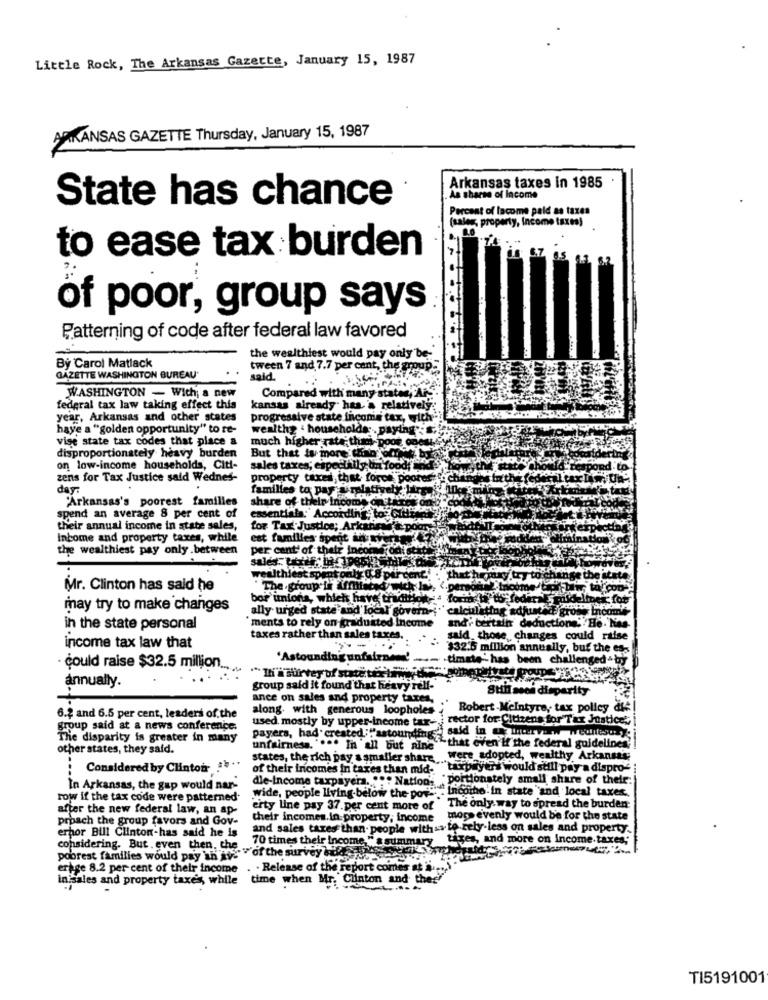
Little Rock, The Arkansas Gazette, January 15, 1987
ARKANSAS GAZETTE Thursday, January 15, 1987
Arkansas taxes in 1985
As sharse of Income
State has chance
Percent of lacome paid as taxes
(sales property, Income taxes)
to ease tax burden
of poor, group says
Patterning of code after federal law favored
the wealthiest would pay only be-
By Carol Matlack
tween 7 and 7.7 per cent, the group
GAZETTE WASHINGTON BUREAU
said.
WASHINGTON - With; a new
Compared with many states, Ai
federal tax law taking effect this
kansas already" has a relatively
year, Arkansas and other states
progressive state income tax, with"
have a "golden opportunity" to re-
wealthy . households ;, paying :S.
vise state tax codes that place a
disproportionately heavy burden
much higher rate; thum-poor onou
But that is more than offres byl
on low-income households, Citi-
sales taxes; especially; la food;
zens for Tax Justice sald Wednes-
property taxes, that force poore
day:
familles to pay ampiatively 1
"Arkansas's poorest families
share of their incoms
spend an average 8 per cent of
essentials. According: tos
their annual income in state sales,
for Tax Justice; Arkansas
Income and property taxes, while
est families spent over
the wealthiest pay only .between
per cent of their incoin od
wealthiest spent only 0.8 pir
Beibei
Mr. Clinton has said he
"The group is affiliated with la.
bor unions, which have trading
may try to make changes
ally urged state and local govern -; " calculat
calc
iting
ments to rely on graduated Income
andr bertaihr de
Iction, He. K
in the state personal
taxes rather than sales taxes.
ud. those changes could riise
income tax law that
--
$32.5 million annually, but the es-
'Astounding unfairno! -
.timate -has been challenged aby
could raise $32.5 million ..
annually.
group said it found that heavy relf-
son disparity
ance on sales and property taxes,
along. with generous loopholes
Robert -Mcintyre, tax policy
6.2 and 6.5 per cent, leaders of the
used. mostly by upper-income tax-
rector for Citizens for Tax Justice,
group said at a news conference.
The disparity is greater in many
payers, had created :""astounding
other states, they said.
unfairness. """" In all but aine
5-that even'i'the federal guidelines; !
states, the rich pay s smaller share .....
were adopted, wealthy Arkansas;
Considered by Clinton :4 ..
of their incomes in taxes than mid-
"taxpayers would still pay a dispro-
portionstely small share of their.
In Arkansas, the gap would nar-
die-income taxpayers. """ Nations . 955
"Incombe'in state and local taxes.
row if the tax code were patterned
wide, people living below the pov -. "
after the new federal law, an ap-
erty line pay 37.per cent more of
The only way to spread the burden
proach the group favors and Gov-
their incomes. in property, income
mops evenly would be for the state
erpor Bill Clinton-has said he is
and sales taxes than- people with && to rely-less on sales and property.
70 times their income, " a summary tiges, and more on income taxes"
considering. But. even then, che
poorest families would pay an 11: "of the survey kolleger
ertge 8.2 per cent of their income .
· Release of the report comes at i.
inisales and property taxes, while
time when Mr. Clinton and thee
TI5191001